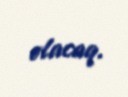
olacaq.